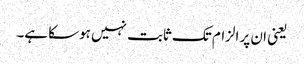
یعنی ان پر الزام تک ثابت نہیں ہوسکا ہے۔